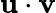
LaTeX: \mathbf{u}\cdot\mathbf{v}